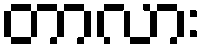
တာလား